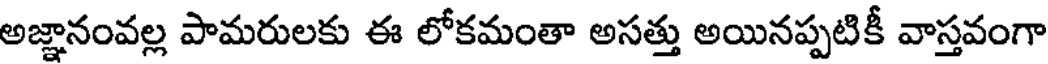
అజ్ఞానంవల్ల పామరులకు ఈ లోకమంతా అసత్తు అయినప్పటికీ వాస్తవంగా